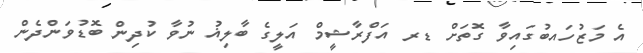
އެ މަޒުހައބުގައިވާ ގޮތަށް ޑރ އަފްރާޝީމް އަލީގެ ބާލިޣު ނުވާ ކުދިން ބޮޑުވަންދެން